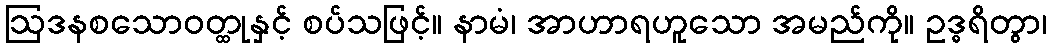
ဩဒနစသောဝတ္ထုနှင့် စပ်သဖြင့်။ နာမံ၊ အာဟာရဟူသော အမည်ကို။ ဥဒ္ဓရိတွာ၊